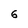
Character: 6